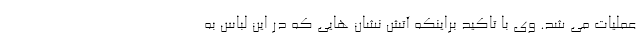
عملیات می شد. وی با تاکید براینکه آتش نشان هایی که در این لباس به